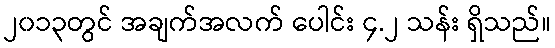
၂၀၁၃တွင် အချက်အလက် ပေါင်း ၄.၂ သန်း ရှိသည်။